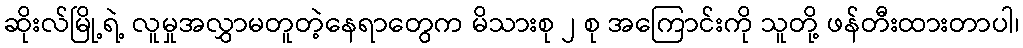
ဆိုးလ်မြို့ရဲ့ လူမှုအလွှာမတူတဲ့နေရာတွေက မိသားစု ၂ စု အကြောင်းကို သူတို့ ဖန်တီးထားတာပါ၊